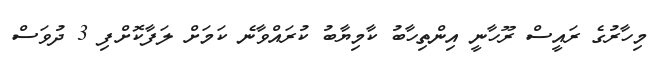
މިހާރުގެ ރައީސް ރޫހާނީ އިންތިހާބު ކާމިޔާބު ކުރައްވާނެ ކަމަށް ލަފާކޮށްފި 3 ދުވަސް